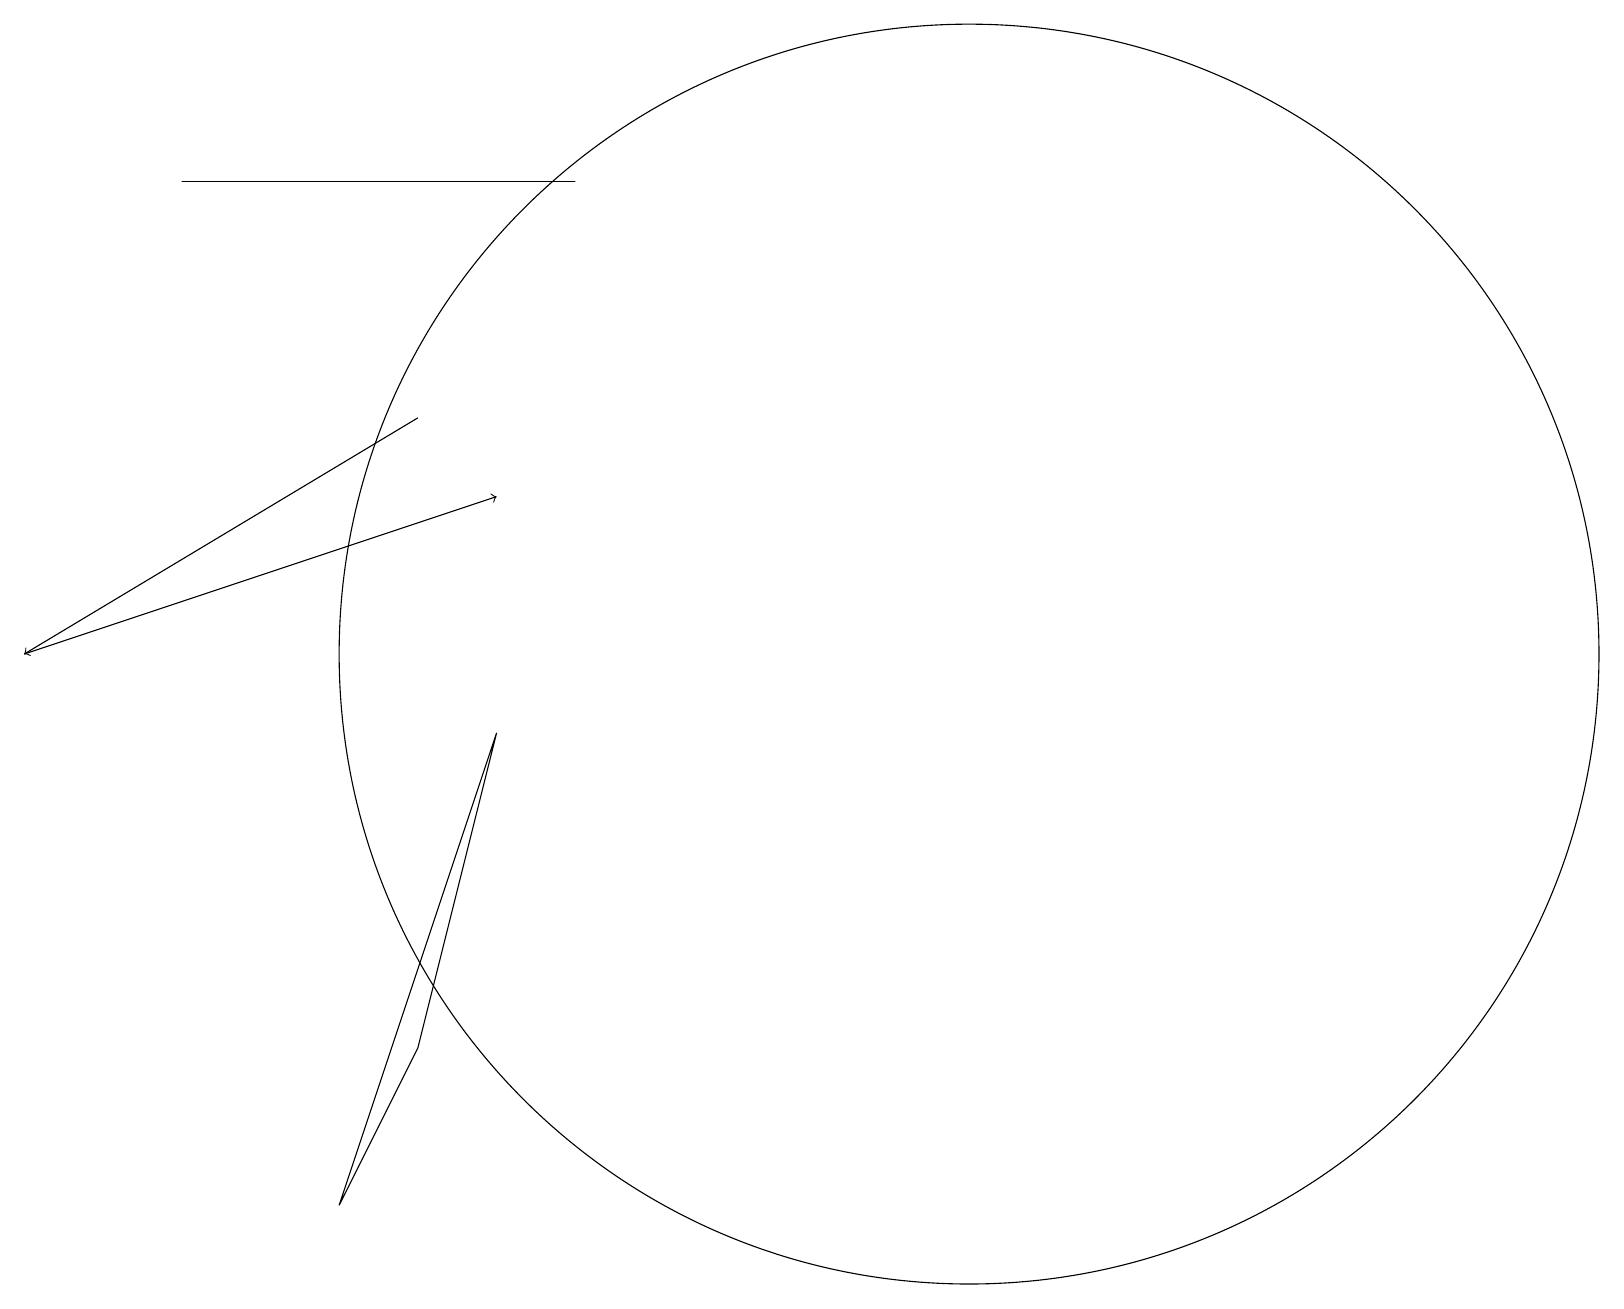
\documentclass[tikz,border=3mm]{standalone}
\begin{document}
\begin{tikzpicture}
\draw[->] (0,10) -- (6,12);
\draw[->] (5,13) -- (0,10);
\draw (12,10) circle (8);
\draw (5,5) -- (6,9) -- (4,3) -- cycle;
\draw (7,16) rectangle (2,16);
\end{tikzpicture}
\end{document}